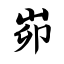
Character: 峁